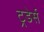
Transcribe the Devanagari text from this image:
ट्रडेर्स